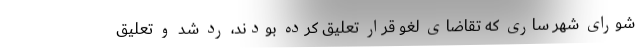
شورای شهر ساری که تقاضای لغو قرار تعلیق کرده بودند، رد شد و تعلیق